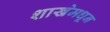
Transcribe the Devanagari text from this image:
शाखेमधून